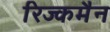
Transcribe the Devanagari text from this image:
रिज्कमैन